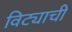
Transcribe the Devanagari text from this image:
विट्याची